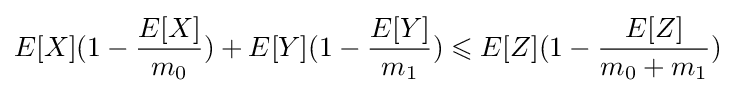
E[X](1-{\frac {E[X]}{m_{0}}})+E[Y](1-{\frac {E[Y]}{m_{1}}})\leqslant E[Z](1-{\frac {E[Z]}{m_{0}+m_{1}}})